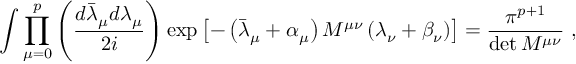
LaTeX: \int \prod _ { \mu = 0 } ^ { p } \left( \frac { d \bar { \lambda } _ { \mu } d \lambda _ { \mu } } { 2 i } \right) \exp \left[ - \left( \bar { \lambda } _ { \mu } + \alpha _ { \mu } \right) M ^ { \mu \nu } \left( \lambda _ { \nu } + \beta _ { \nu } \right) \right] = \frac { \pi ^ { p + 1 } } { \operatorname * { d e t } M ^ { \mu \nu } } ~ ,